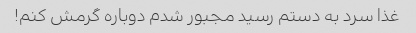
غذا سرد به دستم رسید مجبور شدم دوباره گرمش کنم!